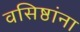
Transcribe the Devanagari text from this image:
वसिष्ठांना